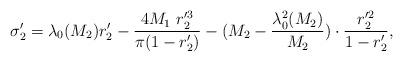
LaTeX: \begin{align*}\sigma_{2}'=\lambda_{0}(M_{2})r_{2}'-\frac{4M_1\ r_{2}'^{3}}{\pi(1-r_{2}')}-(M_{2}-\frac{\lambda_{0}^{2}(M_{2})}{M_{2}})\cdot\frac{r_{2}'^{2}}{1-r_{2}'},\end{align*}